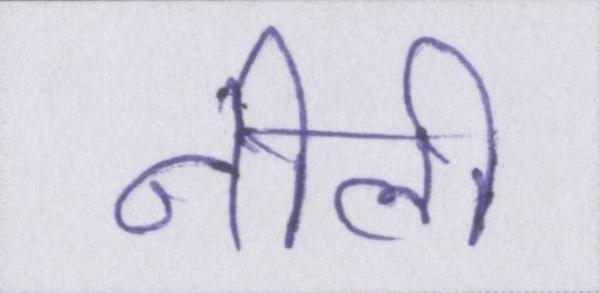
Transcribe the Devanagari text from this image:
नीली